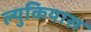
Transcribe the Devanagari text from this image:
ल्युकियास